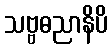
သဗ္ဗဓညာနိပိ